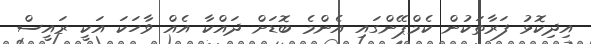
އިދިކޮޅު ފަރާތަކުން ކެމްޕޭންގައި އެންމެ ބޮޑަށް ދައްކާ އެއް ވާހަކަ އަކީ ރައީސް